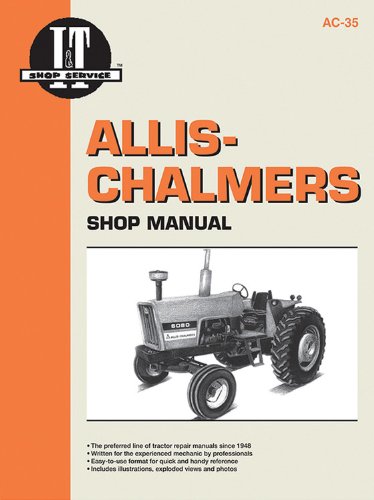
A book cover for Allis-Chalmers Modelss 6060 6070 & 6080; Penton Staff; Crafts, Hobbies & Home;